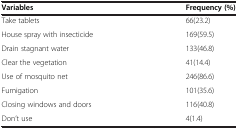
<table><thead><tr><td><b>Variables</b></td><td><b>Frequency (%)</b></td></tr></thead><tbody><tr><td>Take tablets</td><td>66(23.2)</td></tr><tr><td>House spray with insecticide</td><td>169(59.5)</td></tr><tr><td>Drain stagnant water</td><td>133(46.8)</td></tr><tr><td>Clear the vegetation</td><td>41(14.4)</td></tr><tr><td>Use of mosquito net</td><td>246(86.6)</td></tr><tr><td>Fumigation</td><td>101(35.6)</td></tr><tr><td>Closing windows and doors</td><td>116(40.8)</td></tr><tr><td>Don’t use</td><td>4(1.4)</td></tr></tbody></table>